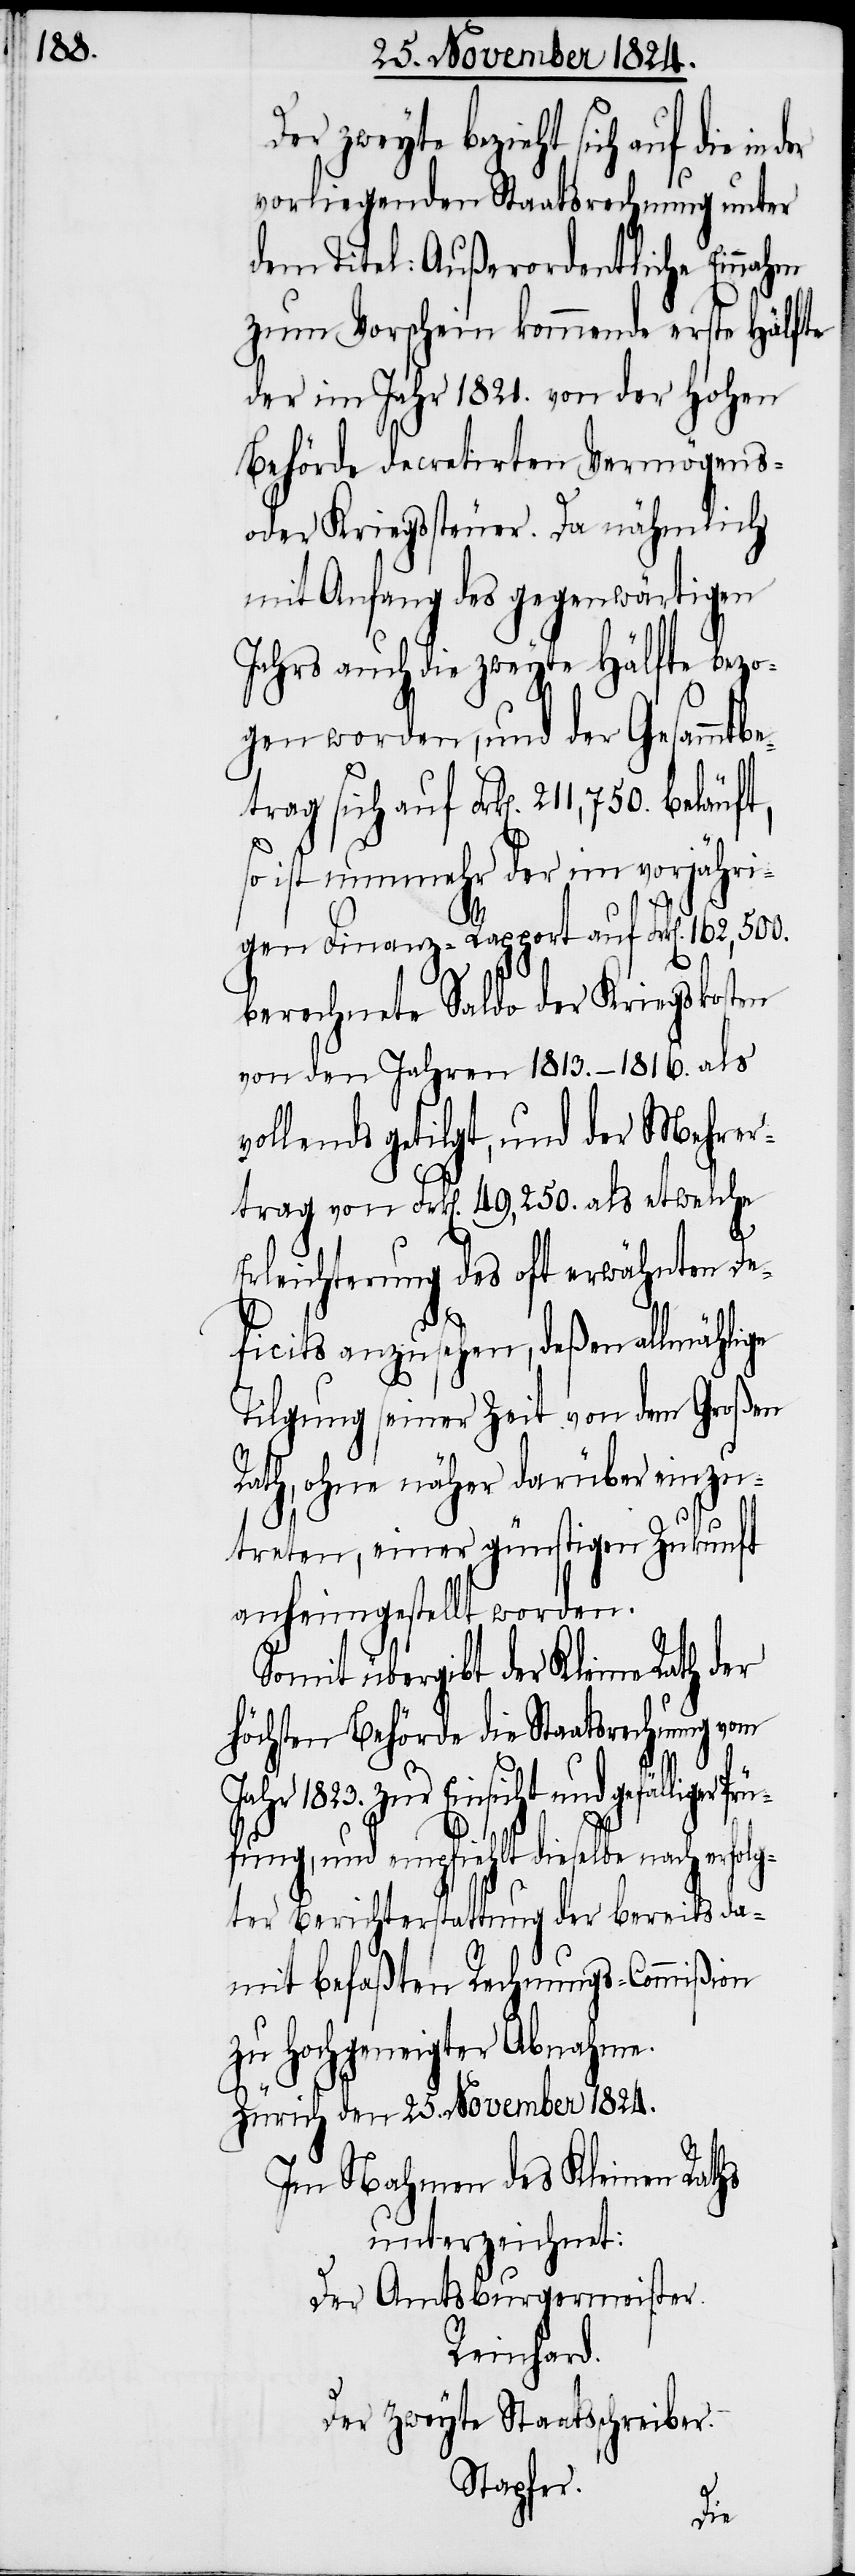
Der zweyte bezieht sich auf die in
vorliegenden Staatsrechnung unter
dem Titel: Außerordentliche Einnahm
zum Vorschein kommende erste Hälfte
der im Jahr 1821. von der Hohen
Behörde decretirten Vermögens-
oder Kriegsteuer. Da nähmlich
mit Anfang des gegenwärtigen
Jahrs auch die zweyte Hälfte bezo¬
gen worden, und der Gesammtbe¬
trag sich auf Frk[en].
ist nunmehr der im vorjähri¬
gen Finanz-Rapport auf Frk[en]. 162,500.
berechnete Saldo der Kriegskosten
von den Jahren 1813.–1816. als
vollends getilgt, und der Mehrer¬
trag von Frk[en]. 49,250. als etwelche
Erleichterung des oft erwähnten De¬
ficits anzusehen, deßen allmählige
Tilgung seiner Zeit von dem Großen
Rath, ohne näher darüber einzu¬
treten, einer günstigen Zukunft
anheimgestellt werden.
Somit übergibt der Kleine Rath der
Höchsten Behörde die Staatsrechnung vom
Jahr 1823. zur Einsicht und
fung, und empfiehlt dieselbe nach erf¬
ter Berichterstattung der bereits da¬
mit befaßten Rechnungs-Commißion
zu Hochgeneigter Abnahme.
Zürich den 25. November 1824.
Im Nahmen des Kleinen Raths
unterzeichnet:
Der Amtsburgermeister.
Reinhard.
Der zweyte Staatsschreiber.
Stapfer.
olg¬